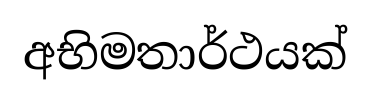
අභිමතාර්ථයක්